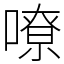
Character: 嘹